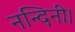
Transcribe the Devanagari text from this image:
नन्दिनी।